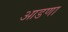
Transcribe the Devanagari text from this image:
आडणा